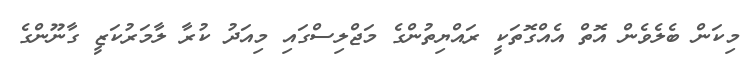
މިކަން ބެލެވެން އޮތް އެއްގޮތަކީ ރައްޔިތުންގެ މަޖްލިސްގައި މިއަދު ކުރާ ލާމަރުކަޒީ ގާނޫންގެ